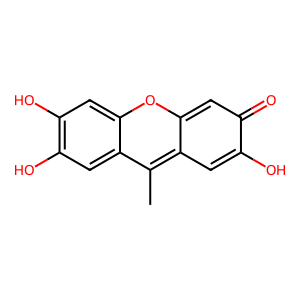
SMILES: Cc1c2cc(O)c(=O)cc-2oc2cc(O)c(O)cc12
Inhibits HIV replication: No